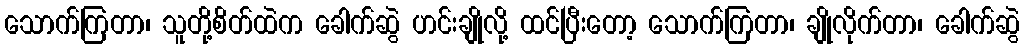
သောက်ကြတာ၊ သူတို့စိတ်ထဲက ခေါက်ဆွဲ ဟင်းချိုလို့ ထင်ပြီးတော့ သောက်ကြတာ၊ ချိုလိုက်တာ၊ ခေါက်ဆွဲ